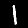
Digit: 1